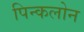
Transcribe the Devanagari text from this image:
पिन्कलोन